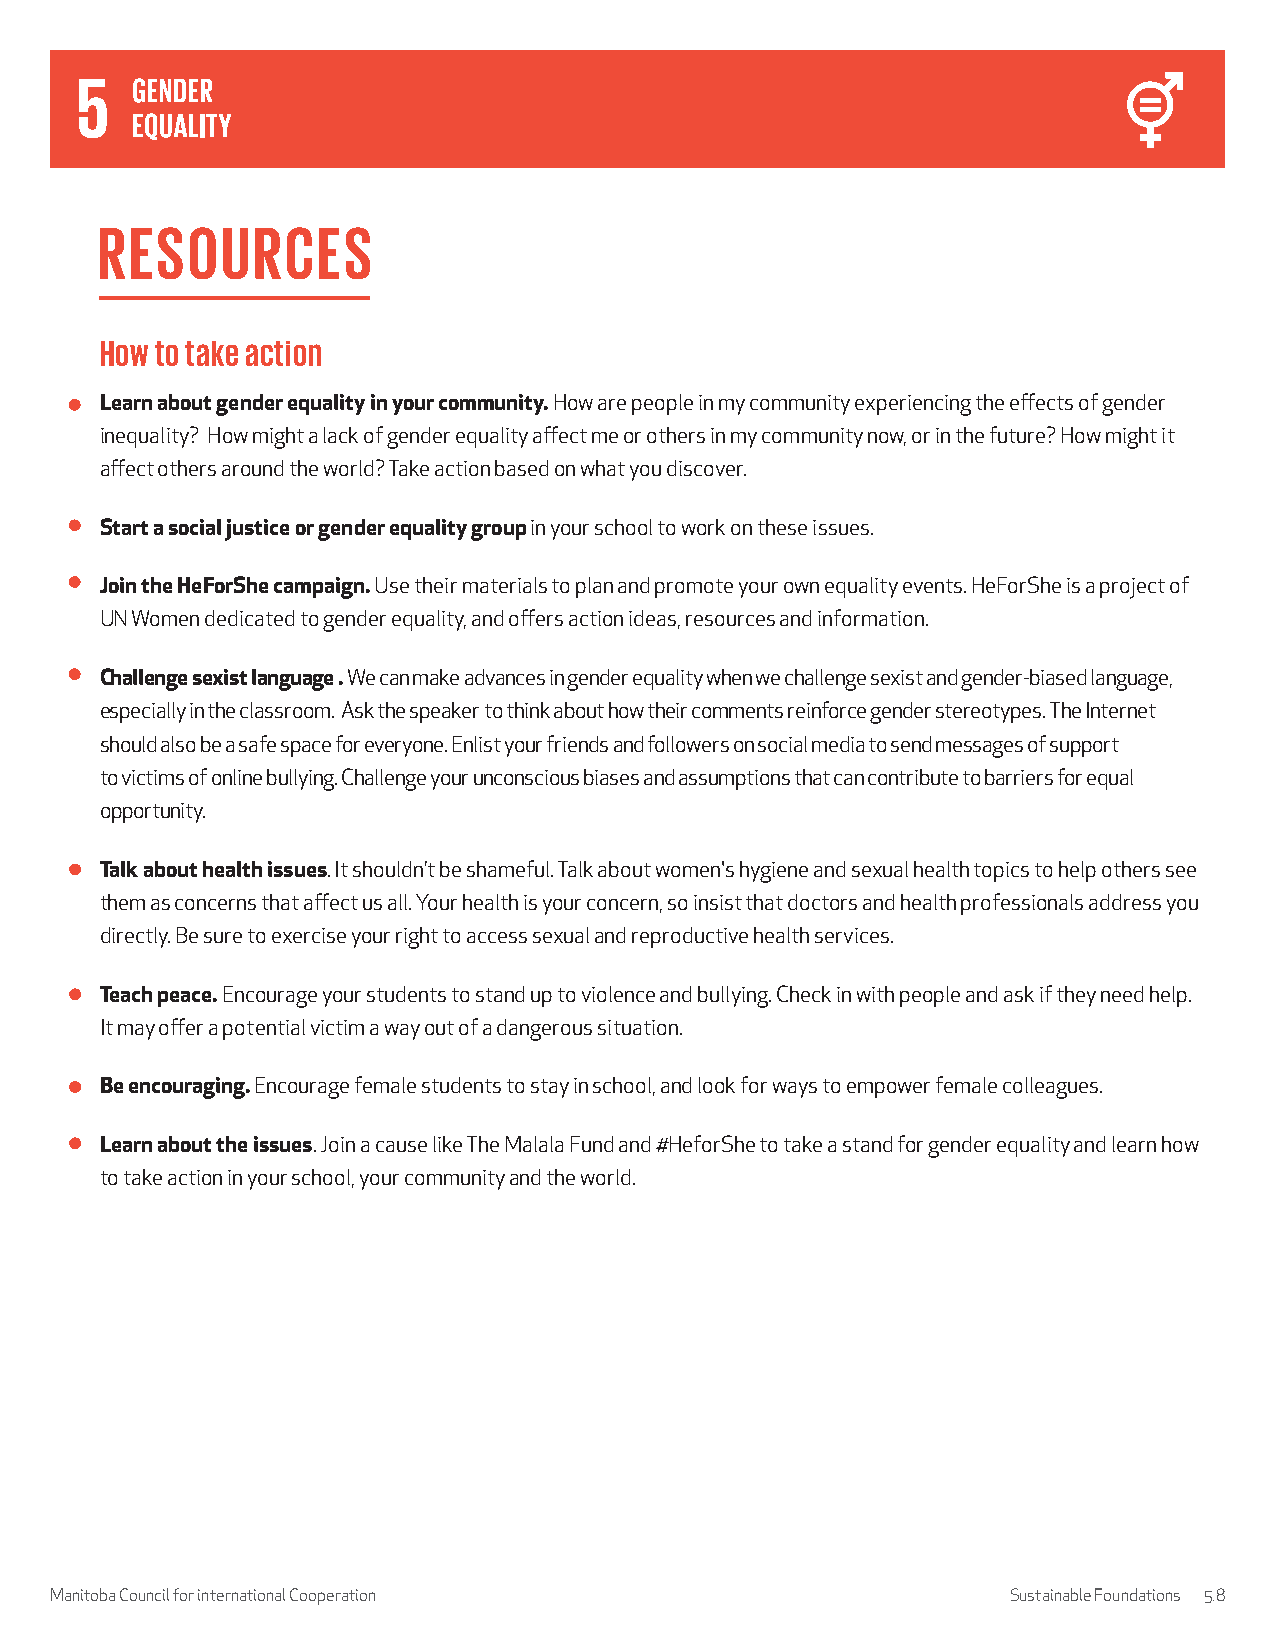
RESOURCES
 How to take action
 Learn about gender equality in your community. How are people in my community experiencing the effects of gender
 inequality? How might a lack of gender equality affect me or others in my community now, or in the future? How might it
 affect others around the world? Take action based on what you discover.
 Start a social justice or gender equality group in your school to work on these issues.
 Join the HeForShe campaign. Use their materials to plan and promote your own equality events. HeForShe is a project of
 UN Women dedicated to gender equality, and offers action ideas, resources and information.
 Challenge sexist language . We can make advances in gender equality when we challenge sexist and gender-biased language,
 especially in the classroom. Ask the speaker to think about how their comments reinforce gender stereotypes. The Internet
 should also be a safe space for everyone. Enlist your friends and followers on social media to send messages of support
 to victims of online bullying. Challenge your unconscious biases and assumptions that can contribute to barriers for equal
 opportunity.
 Talk about health issues. It shouldn’t be shameful. Talk about women's hygiene and sexual health topics to help others see
 them as concerns that affect us all. Your health is your concern, so insist that doctors and health professionals address you
 directly. Be sure to exercise your right to access sexual and reproductive health services.
 Teach peace. Encourage your students to stand up to violence and bullying. Check in with people and ask if they need help.
 It may offer a potential victim a way out of a dangerous situation.
 Be encouraging. Encourage female students to stay in school, and look for ways to empower female colleagues.
 Learn about the issues. Join a cause like The Malala Fund and #HeforShe to take a stand for gender equality and learn how
 to take action in your school, your community and the world.
 Manitoba Council for international Cooperation                  Sustainable Foundations 5.8